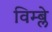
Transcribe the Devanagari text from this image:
विम्ब्ले